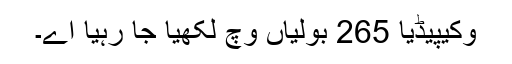
وکیپیڈیا 265 بولیاں وچ لکھیا جا رہیا اے۔